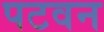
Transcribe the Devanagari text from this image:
पटवन